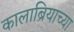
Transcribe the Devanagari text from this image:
कालाब्रियाच्या